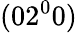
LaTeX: (02^{0}0)